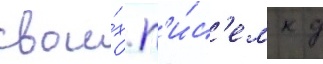
свои́х п'и́с'ем к д